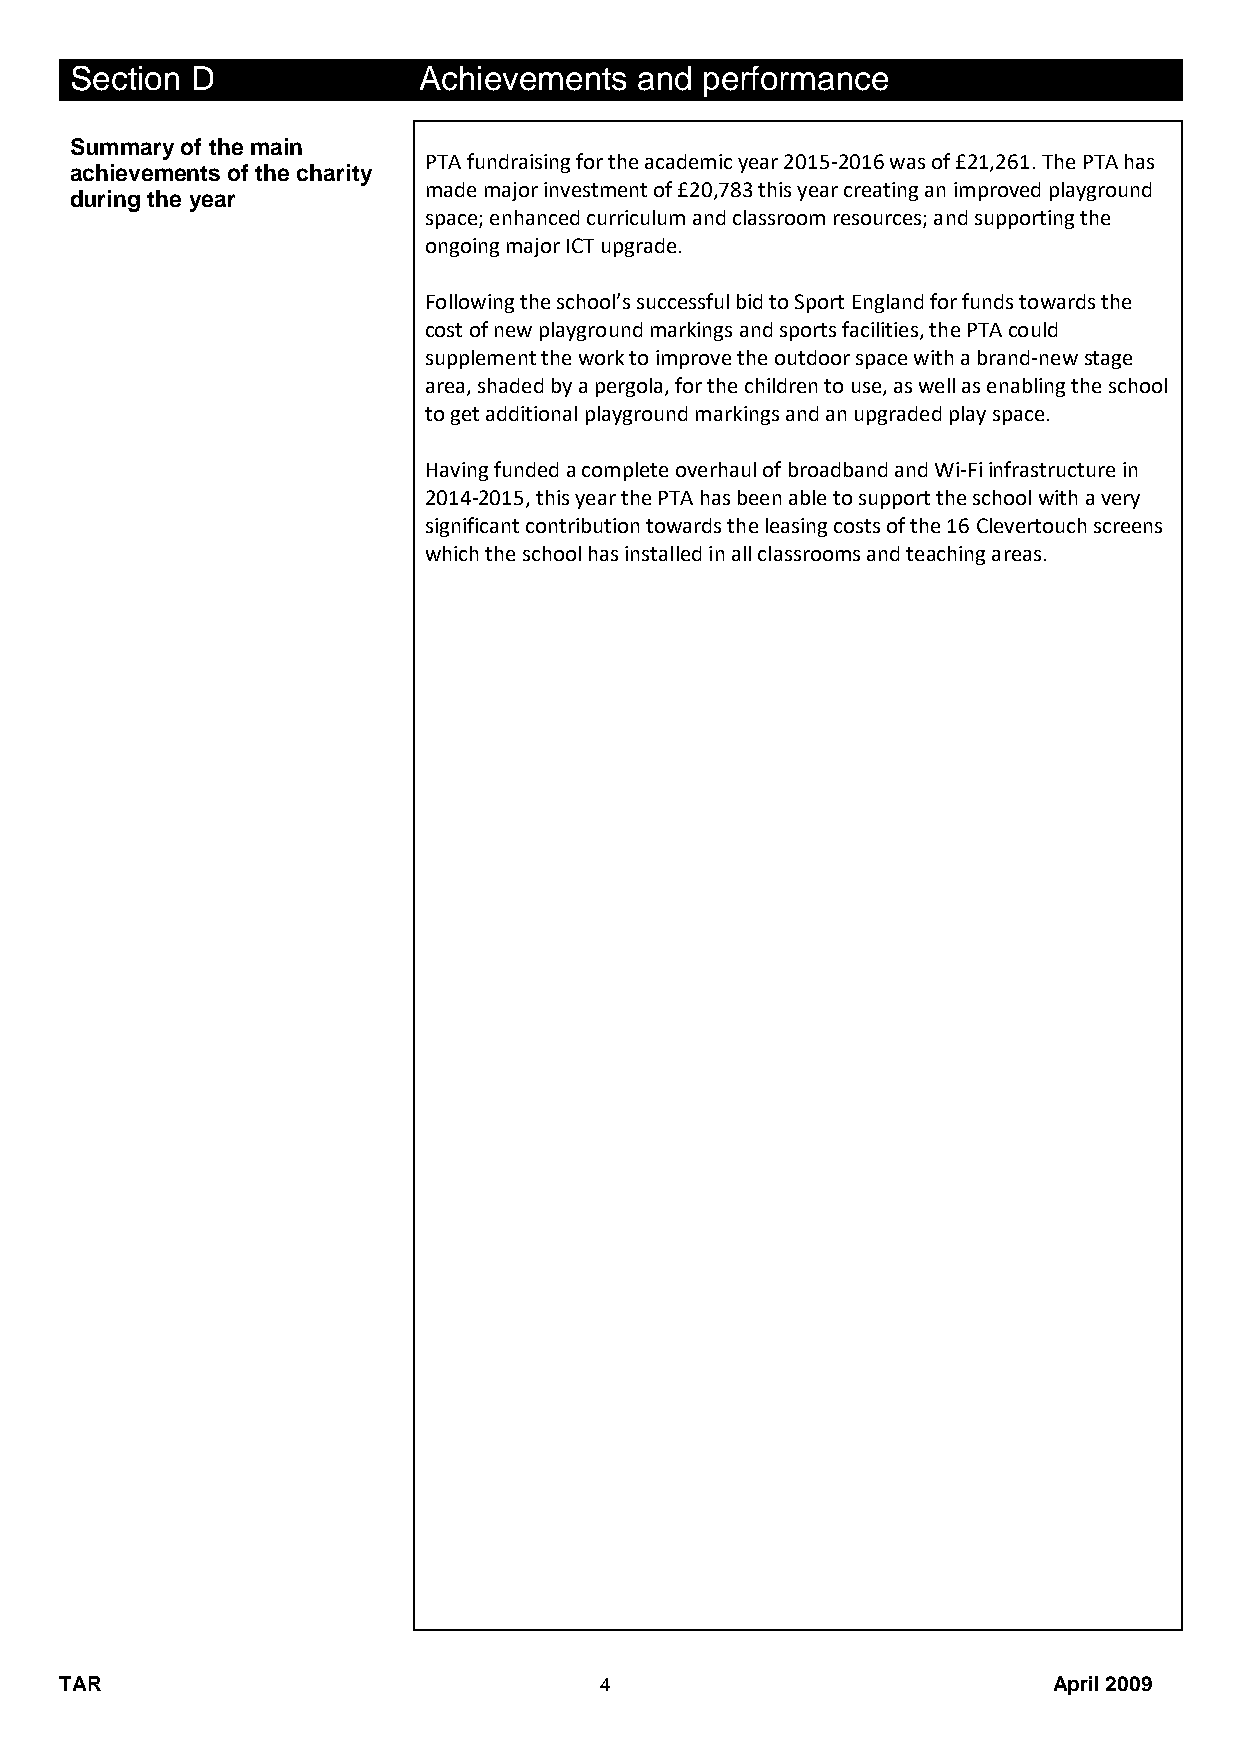
Section D              Achievements  and performance
 Summary of the main
 PTA fundraising for the academic year 2015-2016 was of £21,261. The PTA has
 achievements of the charity
 made major investment of £20,783 this year creating an improved playground
 during the year
 space; enhanced curriculum and classroom resources; and supporting the
 ongoing major ICT upgrade.
 Following the school’s successful bid to Sport England for funds towards the
 cost of new playground markings and sports facilities, the PTA could
 supplement the work to improve the outdoor space with a brand-new stage
 area, shaded by a pergola, for the children to use, as well as enabling the school
 to get additional playground markings and an upgraded play space.
 Having funded a complete overhaul of broadband and Wi-Fi infrastructure in
 2014-2015, this year the PTA has been able to support the school with a very
 significant contribution towards the leasing costs of the 16 Clevertouch screens
 which the school has installed in all classrooms and teaching areas.
 TAR                                 4                             April 2009